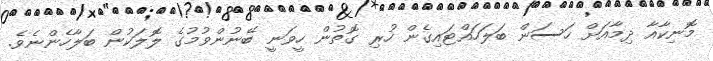
މޮނިކާއާ ދިމާއަށް ހަސަން ބަލަހައްޓައިގެން ހުރި ގޮތުން ހީވަނީ ބޭނުންވުމުގެ ލޮލަކުން ބަލާހެންނެވެ.